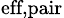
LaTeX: _\textrm{eff,pair}